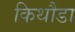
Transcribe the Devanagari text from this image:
किथौडा